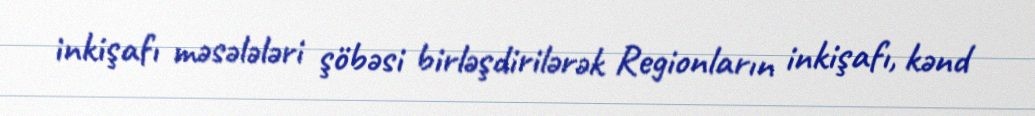
inkişafı məsələləri şöbəsi birləşdirilərək Regionların inkişafı, kənd